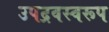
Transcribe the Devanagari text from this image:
उपद्रवस्वरूप